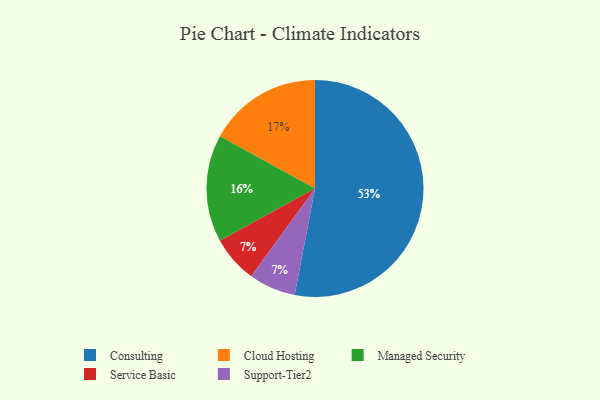
{"axis": {"x": "Category", "y": "Percentage"}, "legend": ["Cloud Hosting", "Consulting", "Managed Security", "Service Basic", "Support-Tier2"], "data": [{"x": "Cloud Hosting", "y": 17, "type": "Cloud Hosting"}, {"x": "Service Basic", "y": 7, "type": "Service Basic"}, {"x": "Consulting", "y": 53, "type": "Consulting"}, {"x": "Support-Tier2", "y": 7, "type": "Support-Tier2"}, {"x": "Managed Security", "y": 16, "type": "Managed Security"}]}